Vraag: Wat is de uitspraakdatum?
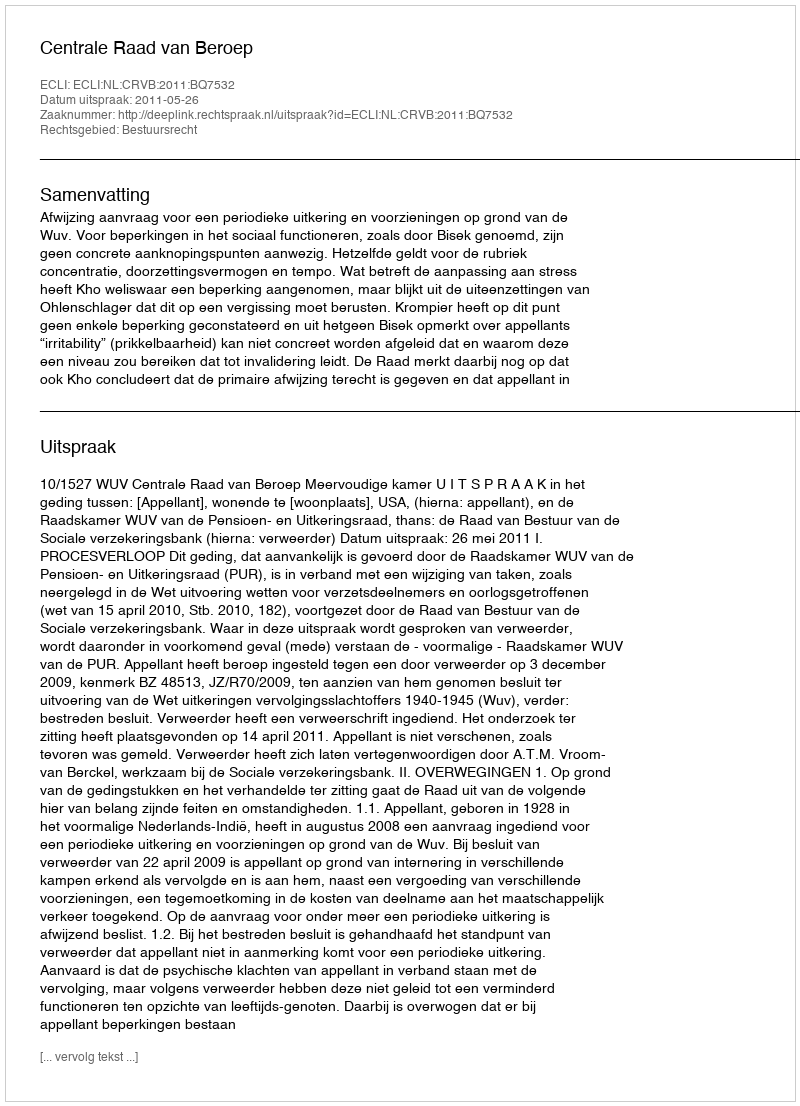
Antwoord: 2011-05-26